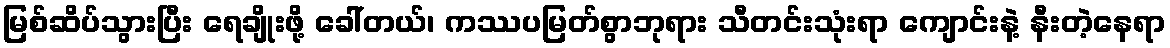
မြစ်ဆိပ်သွားပြီး ရေချိုးဖို့ ခေါ်တယ်၊ ကဿပမြတ်စွာဘုရား သီတင်းသုံးရာ ကျောင်းနဲ့ နီးတဲ့နေရာ